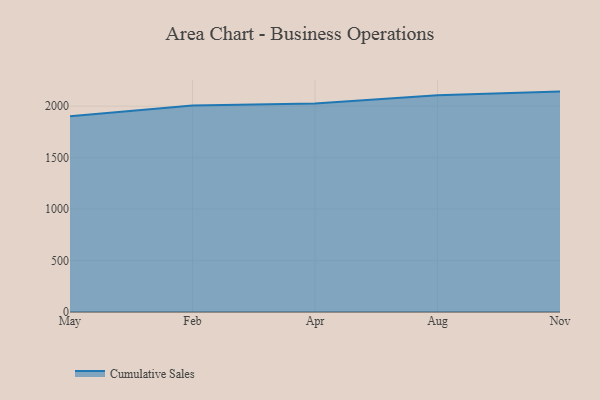
{"axis": {"x": "Month", "y": "Backlog"}, "legend": ["Cumulative Sales"], "data": [{"x": "May", "y": 1902.2, "type": "Cumulative Sales"}, {"x": "Feb", "y": 2006.0, "type": "Cumulative Sales"}, {"x": "Apr", "y": 2027.1, "type": "Cumulative Sales"}, {"x": "Aug", "y": 2105.3, "type": "Cumulative Sales"}, {"x": "Nov", "y": 2141.6, "type": "Cumulative Sales"}]}